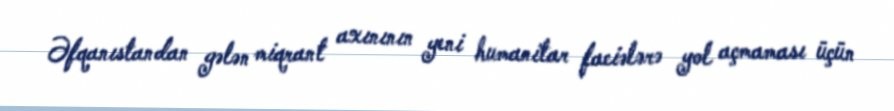
Əfqanıstandan gələn miqrant axınının yeni humanitar faciələrə yol açmaması üçün